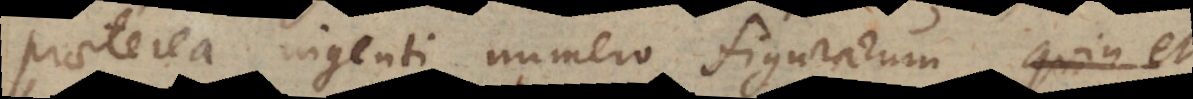
praeterea ingenti numero figurarum, quin et